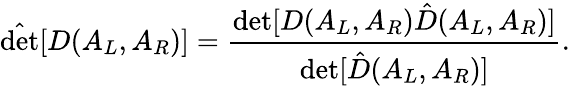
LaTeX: \hat{\operatorname*{det}}[D(A_{L},A_{R})]={\frac{\operatorname*{det}[D(A_{L},A_{R})\hat{D}(A_{L},A_{R})]}{\operatorname*{det}[\hat{D}(A_{L},A_{R})]}}.